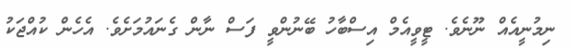
ނިމުނީއެއް ނޫނެވެ. ޓީވީއެމް އިސްބާހު ބޭނުންވީ ފަސް ނާން ގެނައުމަށެވެ. އެހެން ކުއްޖަކު